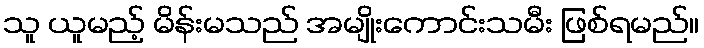
သူ ယူမည့် မိန်းမသည် အမျိုးကောင်းသမီး ဖြစ်ရမည်။